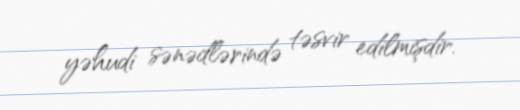
yəhudi sənədlərində təsvir edilmişdir.